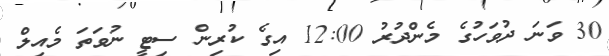
30 ވަނަ ދުވަހުގެ މެންދުރު 12:00 އިގެ ކުރިން ސިޓީ ނުވަތަ މެއިލް